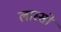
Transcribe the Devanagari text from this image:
लास्सो